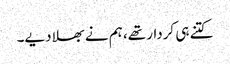
کتنے ہی کردار تھے، ہم نے بھلا دیے۔